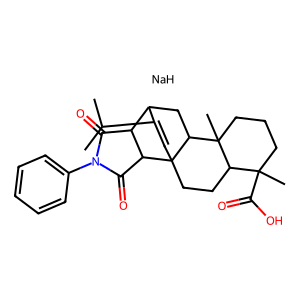
SMILES: CC(C)C1=CC23CCC4C(C)(C(=O)O)CCCC4(C)C2CC1C1C(=O)N(c2ccccc2)C(=O)C13.[NaH]
Inhibits HIV replication: No